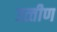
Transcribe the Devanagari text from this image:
उत्‍तीण